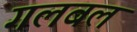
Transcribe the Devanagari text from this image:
गलबल